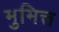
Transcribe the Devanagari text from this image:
मुमित्त